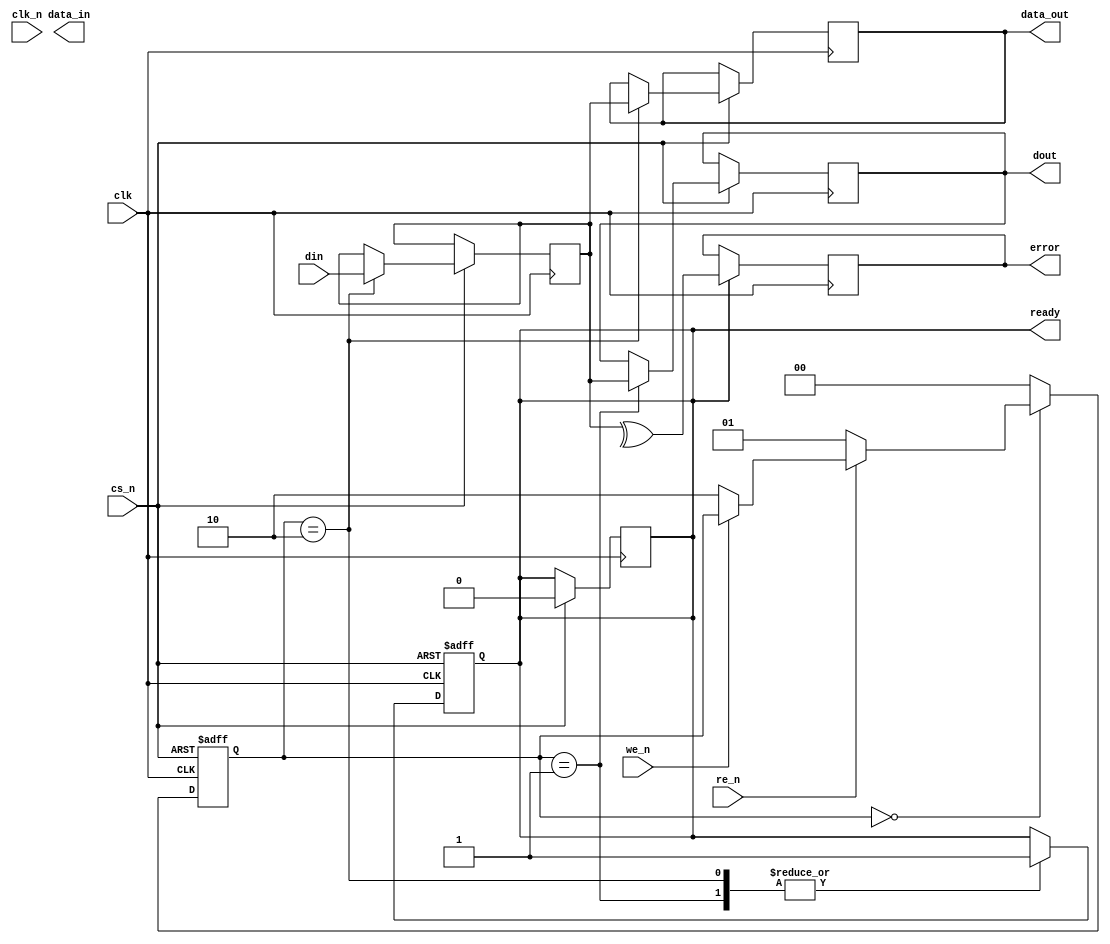
module gddr3_io_block (
    input wire clk,                // System clock
    input wire clk_n,              // Inverted clock for differential signaling
    input wire cs_n,               // Chip Select (active low)
    input wire we_n,               // Write Enable (active low)
    input wire re_n,               // Read Enable (active low)
    input wire [7:0] din,          // Data input (for x8 configuration)
    output reg [7:0] dout,         // Data output (for x8 configuration)
    output reg [7:0] data_out,     // Data output buffer
    output reg [7:0] data_in,      // Data input buffer
    output reg ready,              // Ready signal for data transfer
    output reg error               // Error signal for ECC
);

// Parameters for timing specifications
parameter tRAS = 30; // Example timing parameters
parameter tRCD = 15;
parameter tRP = 15;
parameter tCAS = 15;

// Internal signals
reg [7:0] data_buffer; // Buffer for data
reg [3:0] burst_counter; // Counter for burst operations
reg [1:0] state; // State machine for control

// State definitions
localparam IDLE = 2'b00;
localparam READ = 2'b01;
localparam WRITE = 2'b10;

// Clock generation (for simulation purposes)
always @(posedge clk or negedge cs_n) begin
    if (!cs_n) begin
        // Reset logic
        ready <= 0;
        burst_counter <= 0;
        state <= IDLE;
    end else begin
        // State machine for read/write operations
        case (state)
            IDLE: begin
                if (!re_n) begin
                    state <= READ;
                end else if (!we_n) begin
                    state <= WRITE;
                end
            end
            
            READ: begin
                // Read operation
                dout <= data_buffer; // Latch data on read
                ready <= 1; // Indicate data is ready
                state <= IDLE; // Return to idle
            end
            
            WRITE: begin
                // Write operation
                data_buffer <= din; // Latch input data
                data_out <= data_buffer; // Drive data onto bus
                ready <= 1; // Indicate data is ready
                state <= IDLE; // Return to idle
            end
            
            default: state <= IDLE; // Default case
        endcase
    end
end

// Data alignment and error detection (ECC)
always @(posedge clk) begin
    if (ready) begin
        // Example ECC logic (simple parity check for illustration)
        error <= ^data_buffer; // Simple parity check
    end
end

// Burst mode handling (example for 4-burst)
always @(posedge clk) begin
    if (state == READ || state == WRITE) begin
        if (burst_counter < 4) begin
            burst_counter <= burst_counter + 1;
        end else begin
            burst_counter <= 0; // Reset burst counter
        end
    end
end

// Power management (example for low power state)
always @(posedge clk) begin
    if (cs_n) begin
        // Enter low power state
        ready <= 0;
    end
end

endmodule